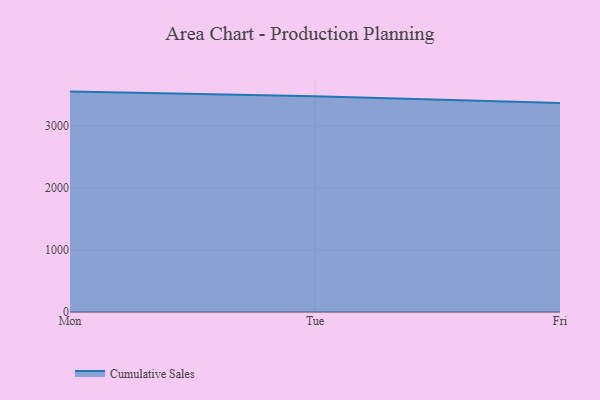
{"axis": {"x": "Day", "y": "Bounce Rate (%)"}, "legend": ["Cumulative Sales"], "data": [{"x": "Mon", "y": 3555.0, "type": "Cumulative Sales"}, {"x": "Tue", "y": 3481.5, "type": "Cumulative Sales"}, {"x": "Fri", "y": 3370.2, "type": "Cumulative Sales"}]}